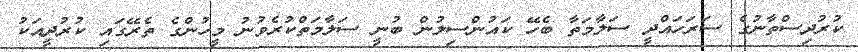
ކުރުދިސްތާނުގެ ސަރަހައްދީ ސަލާމަތާ ބެހޭ ކައުންސިލުން ބުނީ ސަލާމަތްކުރެވުނު މީހުންގެ ތެރޭގައި ކުރުދީއަކު